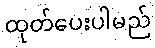
ထုတ်ပေးပါမည်